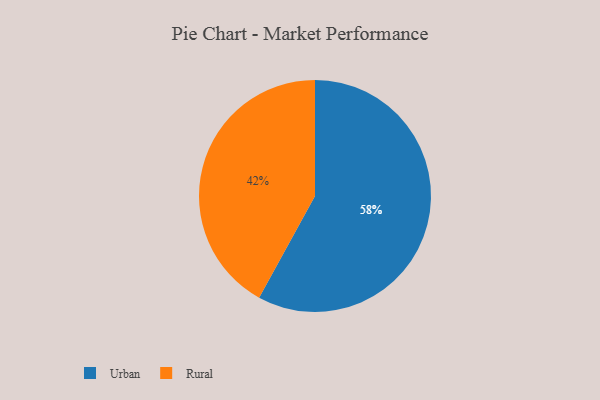
{"axis": {"x": "Category", "y": "Percentage"}, "legend": ["Rural", "Urban"], "data": [{"x": "Urban", "y": 58, "type": "Urban"}, {"x": "Rural", "y": 42, "type": "Rural"}]}